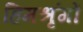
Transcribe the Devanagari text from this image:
हिमश्रृंगों